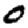
Digit: 0